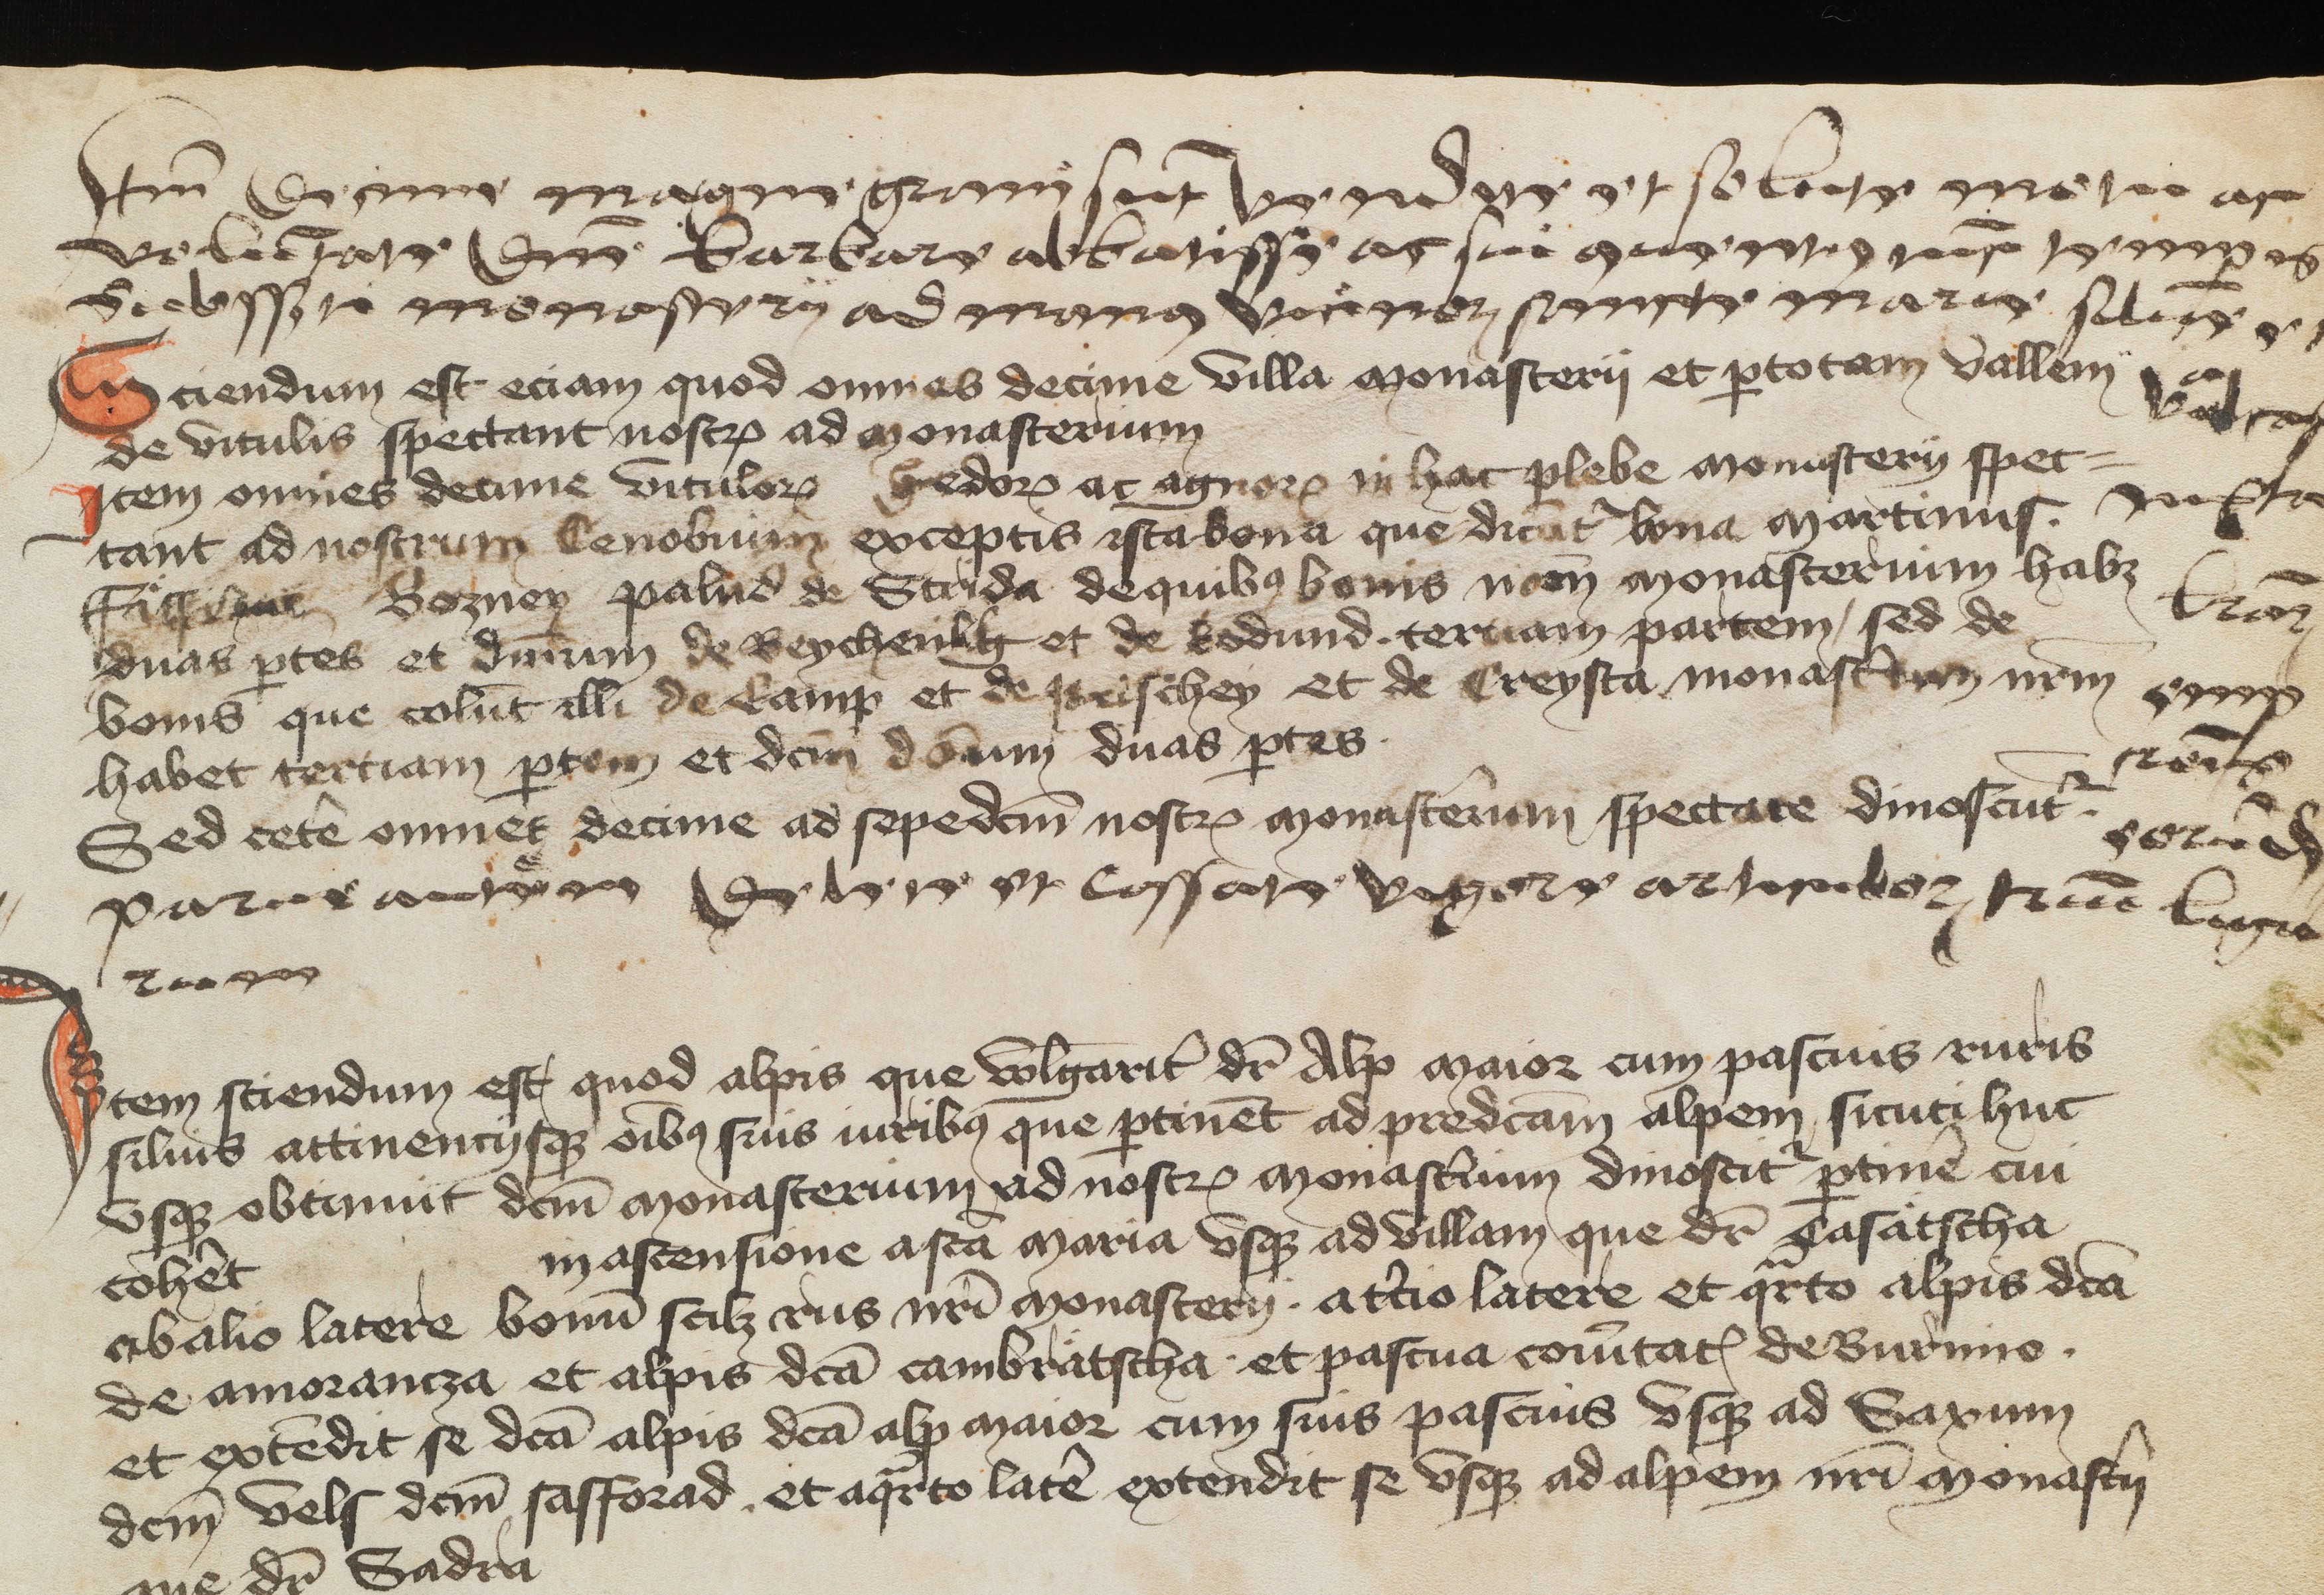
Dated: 1394–1394